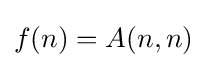
f(n)=A(n,n)